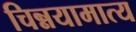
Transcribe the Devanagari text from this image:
चिन्नयामात्य